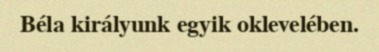
Béla királyunk egyik oklevelében.